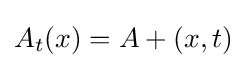
A_{t}(x)=A+(x,t)